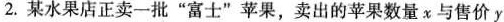
2.某水果店正卖一批”富士”苹果，卖出的苹果数量x与售价y